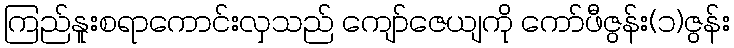
ကြည်နူးစရာကောင်းလှသည် ကျော်ဇေယျကို ကော်ဖီဇွန်း(၁)ဇွန်း